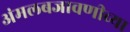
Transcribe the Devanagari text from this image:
अंमलबजावणीच्या